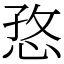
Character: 㤵